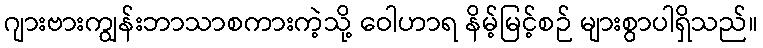
ဂျားဗားကျွန်းဘာသာစကားကဲ့သို့ ဝေါဟာရ နိမ့်မြင့်စဉ် များစွာပါရှိသည်။